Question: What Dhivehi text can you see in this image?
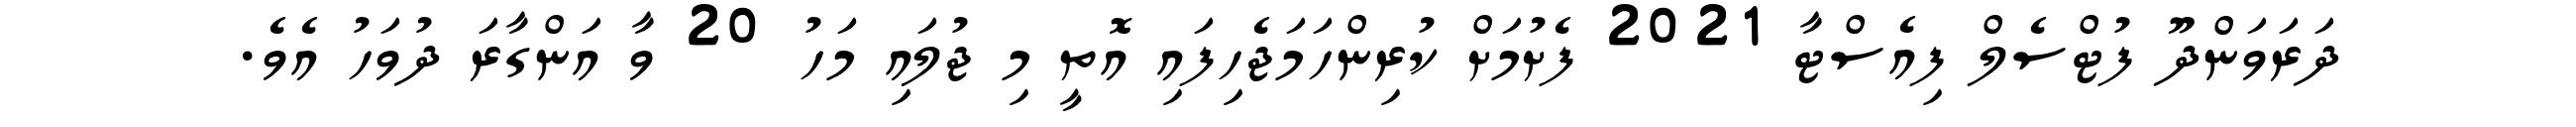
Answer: ދަރަވަންދޫ ފުޓްސެލް ފިއެސްޓާ 2021 ފެށުމަށް ކުރިންހަމަޖެހިފައި އޮތީ މި ޖުލައި މަހު 20 ވާ އަންގާރަ ދުވަހު އެވެ.